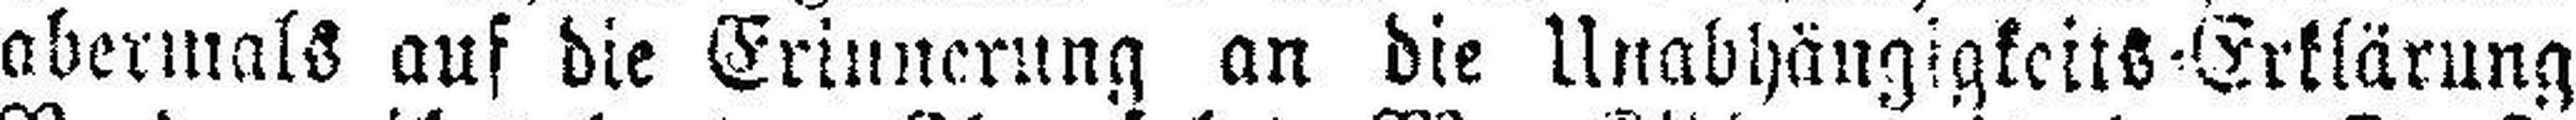
abermals auf die Erinnerung an die Unabhängigkeits=Erklärung